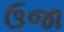
ઉજા